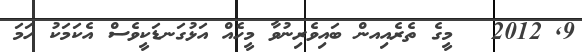
9